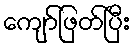
ကျော်ဖြတ်ပြီး